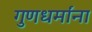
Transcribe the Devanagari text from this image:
गुणधर्मांना